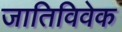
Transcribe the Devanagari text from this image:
जातिविवेक